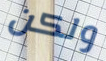
ولكن